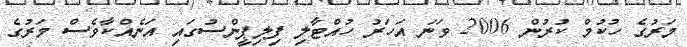
މަރުގެ ހުކުމް ކުރުން 2006 ވަނަ އަހަރު ހުއްޓާލި ފިލިޕީންސުގައި އަނެއްކާވެސް މަރުގެ